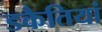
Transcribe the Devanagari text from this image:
डकैतियां